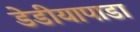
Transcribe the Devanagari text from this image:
डेडीयापाडा